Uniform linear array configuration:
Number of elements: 12
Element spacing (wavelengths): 0.75
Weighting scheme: cosine
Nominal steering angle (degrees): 15
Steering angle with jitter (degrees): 14.361
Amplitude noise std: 0.05
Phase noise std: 0.05

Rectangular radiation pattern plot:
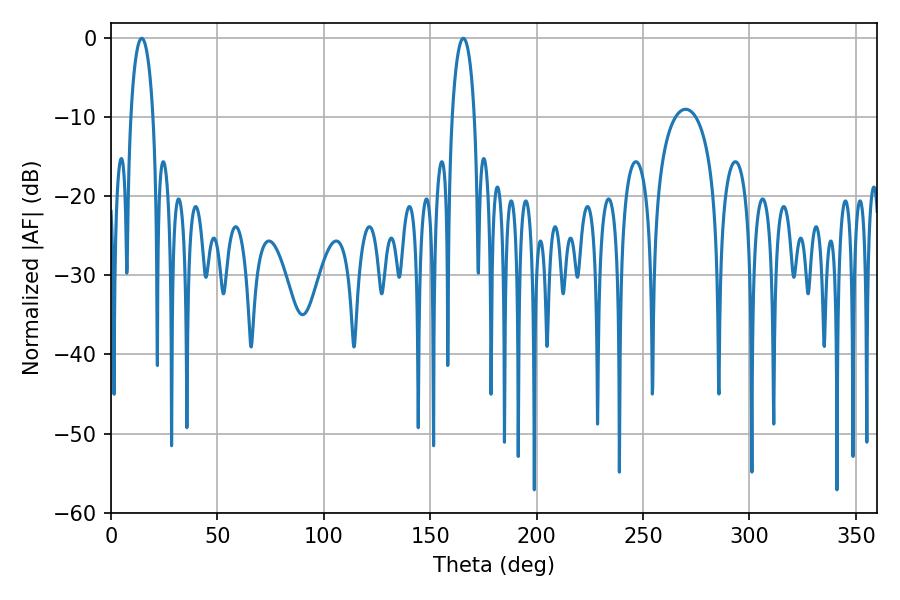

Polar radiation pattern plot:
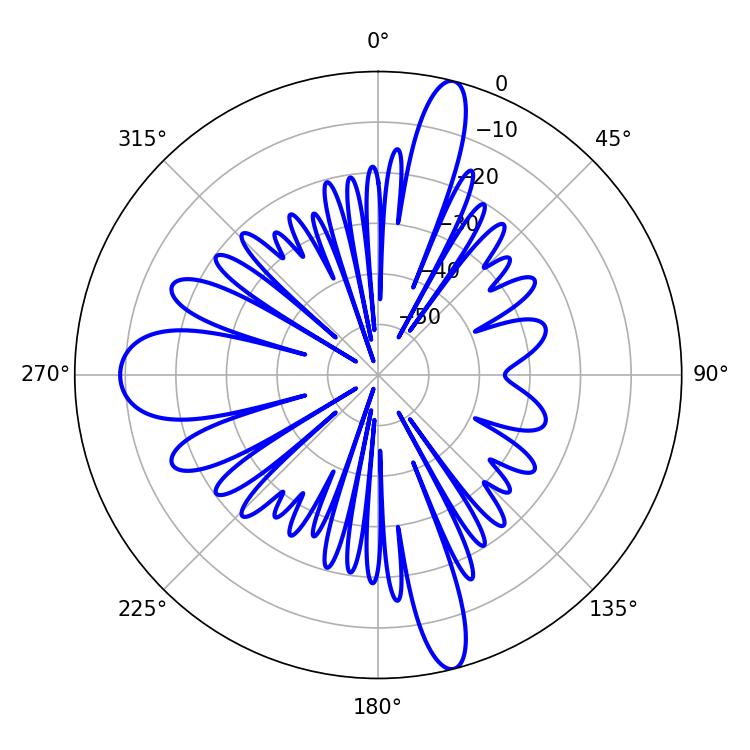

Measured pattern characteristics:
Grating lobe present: TRUE
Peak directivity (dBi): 21.069
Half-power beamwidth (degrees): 5.94
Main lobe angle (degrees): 14.4